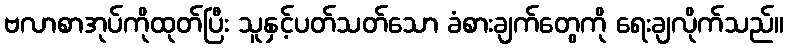
ဗလာစာအုပ်ကိုထုတ်ပြီး သူနှင့်ပတ်သတ်သော ခံစားချက်တွေကို ရေးချလိုက်သည်။